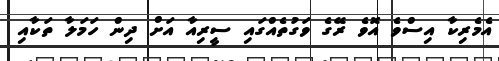
އެމެރިކާ އިސްވެ އޮވެ ރޭގެ ވަގުތެއްގައި ސީރިއާ އަށް ދިން ހަމަލާ ތަކާއި